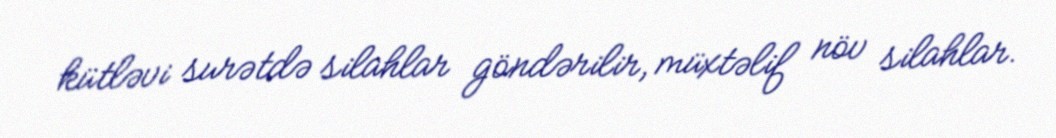
kütləvi surətdə silahlar göndərilir, müxtəlif növ silahlar.